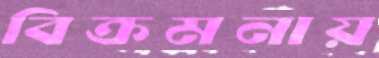
বিক্রমনায়